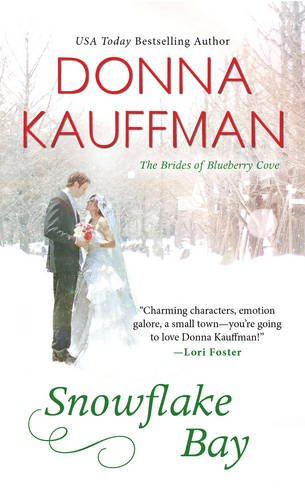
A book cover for Snowflake Bay (The Brides Of Blueberry Cove); Donna Kauffman; Romance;